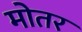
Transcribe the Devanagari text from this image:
मोतर